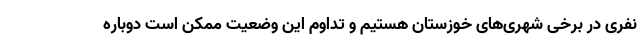
نفری در برخی شهری‌های خوزستان هستیم و تداوم این وضعیت ممکن است دوباره